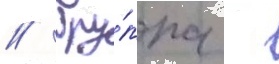
// Гру́ппа